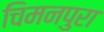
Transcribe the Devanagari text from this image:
चिमनपुरा